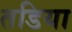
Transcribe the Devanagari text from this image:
तडिया